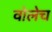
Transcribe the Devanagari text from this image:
वोलेच